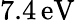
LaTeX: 7.4\, \mathrm{eV}